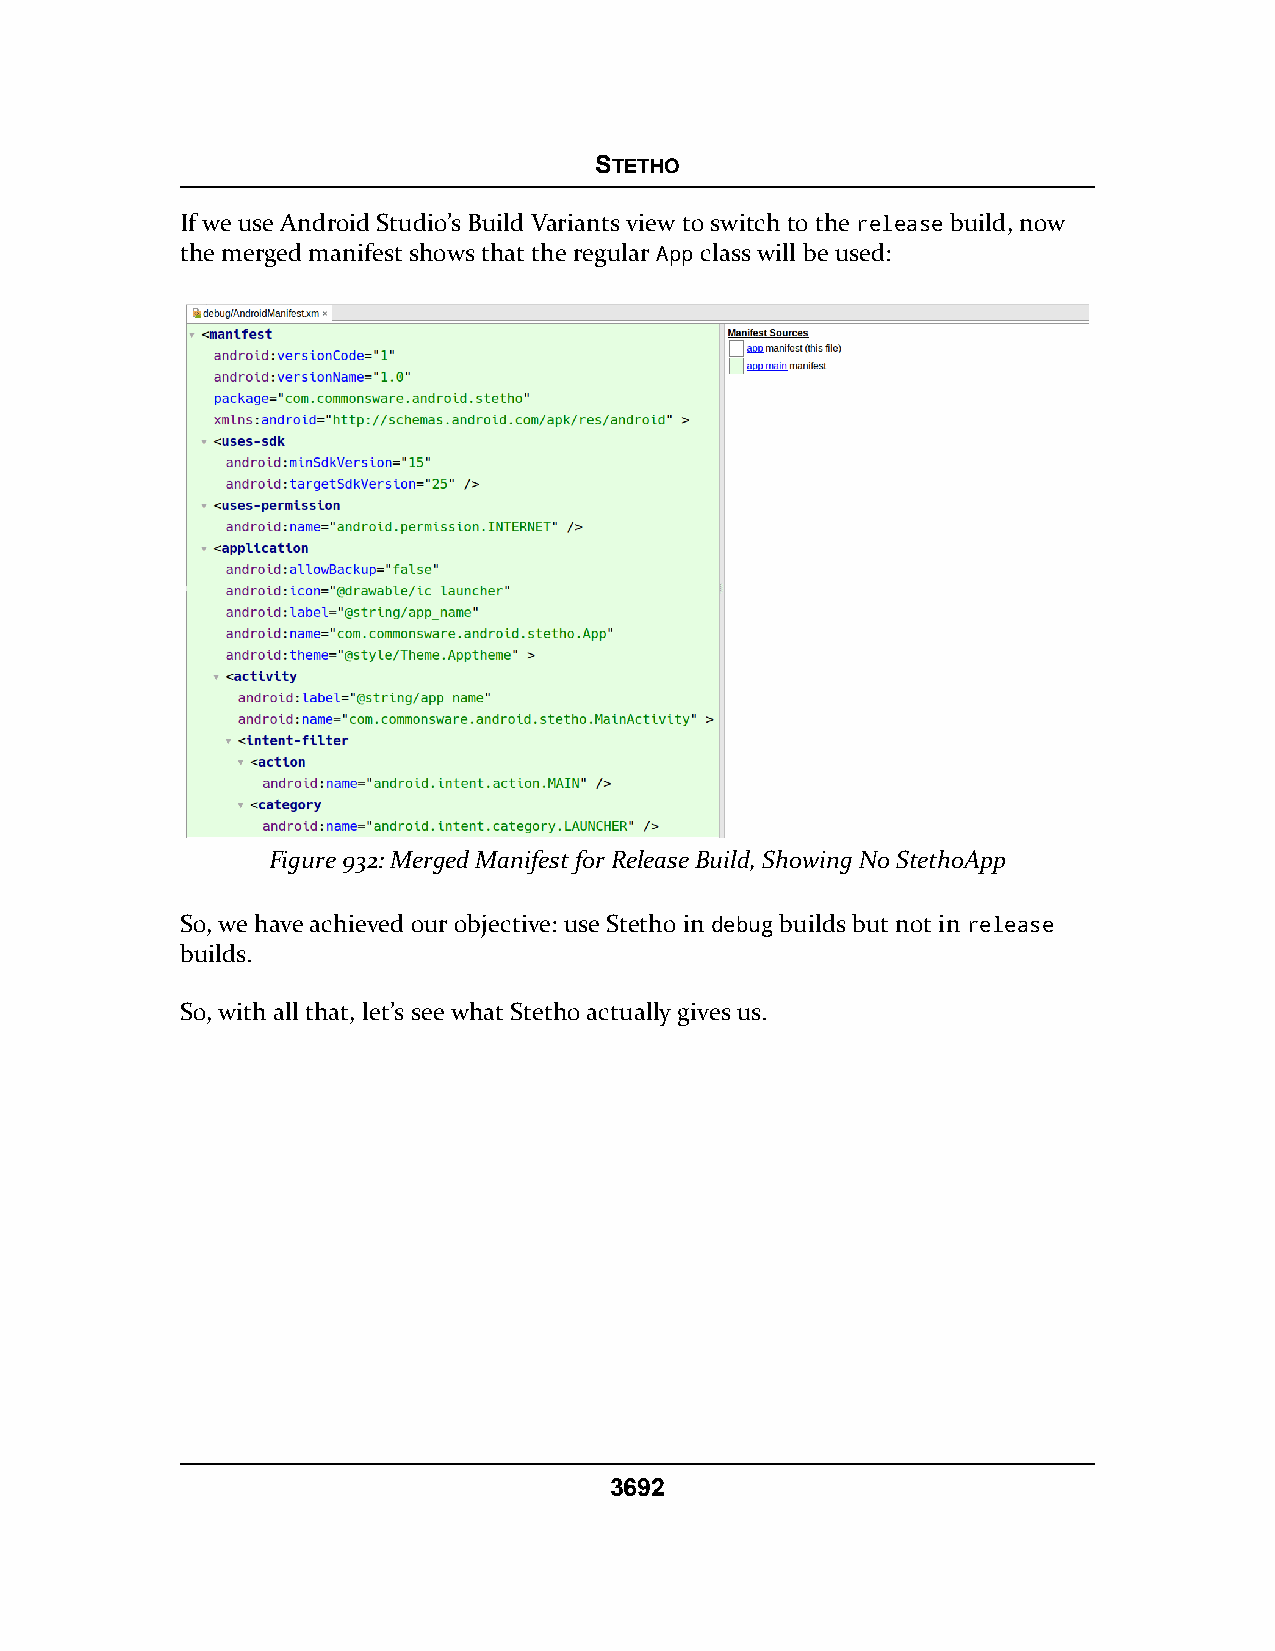
STETHO
 If we use Android Studio’s Build Variants view to switch to the release build, now
 the merged manifest shows that the regular App class will be used:
 Figure 932: Merged Manifest for Release Build, Showing No StethoApp
 So, we have achieved our objective: use Stetho in debug builds but not in release
 builds.
 So, with all that, let’s see what Stetho actually gives us.
 3692